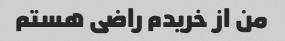
من از خریدم راضی هستم